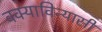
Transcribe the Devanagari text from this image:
वक्याविन्यासी